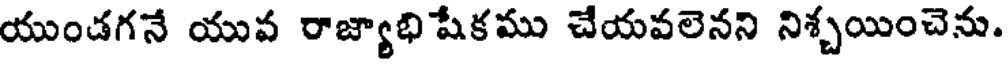
యుండగనే యువ రాజ్యాభి షేకము చేయవలెనని నిశ్చయించెను.